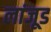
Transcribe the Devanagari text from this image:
लांजूड